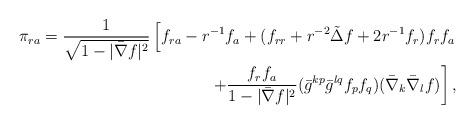
LaTeX: \begin{align*} \pi_{ra}=\frac{1}{\sqrt{1-|\bar{\nabla} f|^2}}\left[ f_{ra}-r^{-1} f_a+(f_{rr}+r^{-2}\tilde{\Delta} f+2r^{-1} f_r) f_r f_a\right. \\\left.+\frac{f_r f_a}{{1-|\bar{\nabla} f|^2}}(\bar{g}^{kp}\bar{g}^{lq} f_p f_q)(\bar{\nabla}_k\bar{\nabla}_l f)\right],\end{align*}